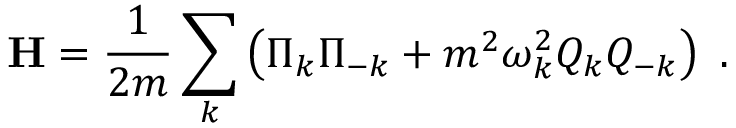
\mathbf { H } = { \frac { 1 } { 2 m } } \sum _ { k } \left( { \Pi _ { k } \Pi _ { - k } } + m ^ { 2 } \omega _ { k } ^ { 2 } Q _ { k } Q _ { - k } \right) ~ .